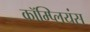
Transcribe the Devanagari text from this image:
कॉम्प्लियंस